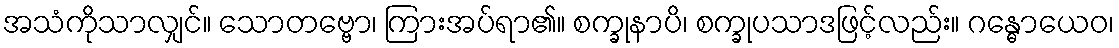
အသံကိုသာလျှင်။ သောတဗ္ဗော၊ ကြားအပ်ရာ၏။ စက္ခုနာပိ၊ စက္ခုပသာဒဖြင့်လည်း။ ဂန္ဓောယေဝ၊